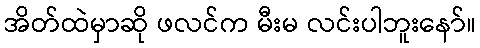
အိတ်ထဲမှာဆို ဖလင်က မီးမ လင်းပါဘူးနော်။